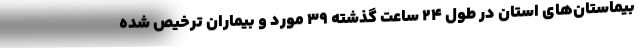
بیماستان‌های استان در طول ۲۴ ساعت گذشته ۳۹ مورد و بیماران ترخیص شده